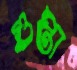
গুপ্তা